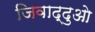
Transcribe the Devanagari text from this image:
जिवाद्दुओ